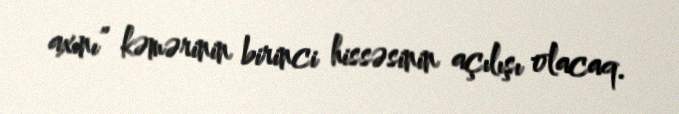
axını” kəmərinin birinci hissəsinin açılışı olacaq.